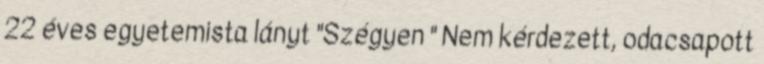
22 éves egyetemista lányt "Szégyen " Nem kérdezett, odacsapott